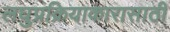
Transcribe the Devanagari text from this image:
लघुप्रक्रियाकारासाठी